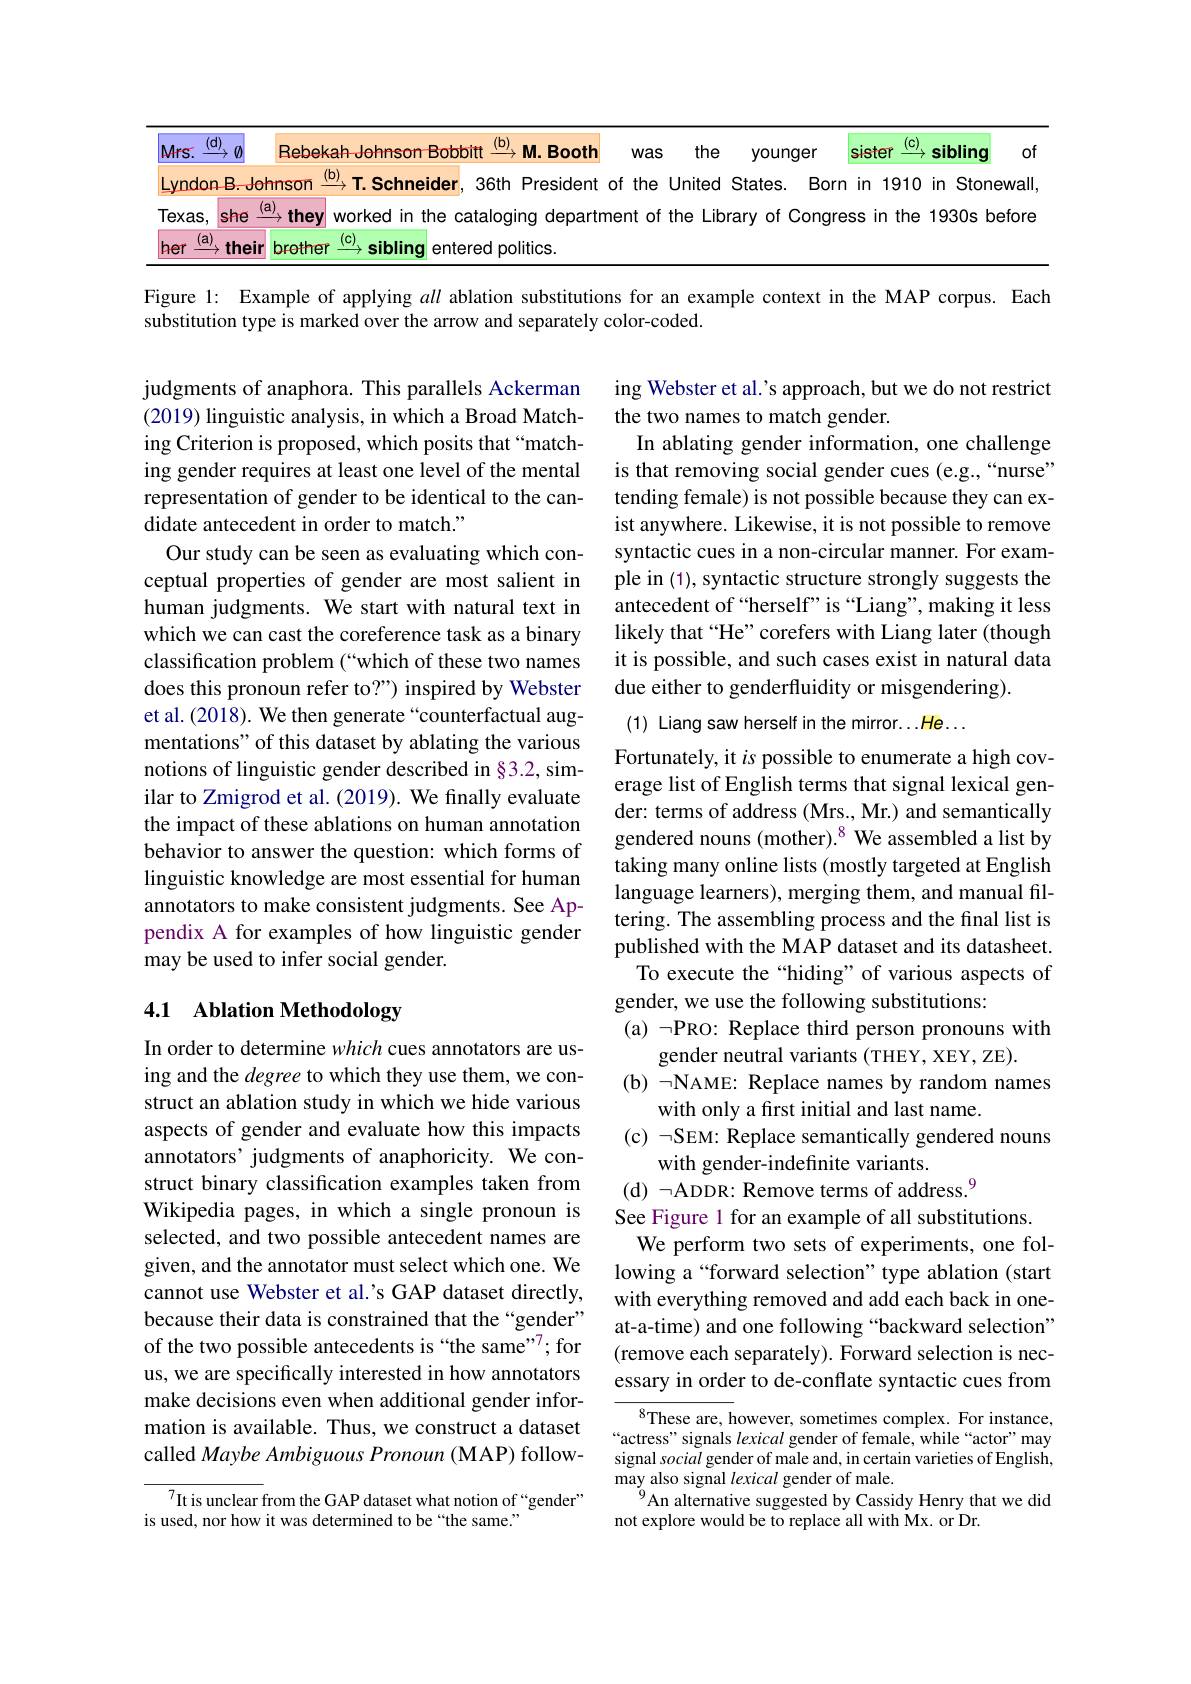
<table>
	<tbody>
		<tr>
			<td>$\underline{(\mathrm{d})}$ $Mrs.$</td>
			<td>=1 sibling</td>
			<td>of</td>
		</tr>
		<tr>
			<td>Lyndon B</td>
			<td>0 in Stonew</td>
			<td>ewall</td>
		</tr>
		<tr>
			<td>$Texas$, $sF$</td>
			<td>1930s befi $\textcircled{2}$</td>
			<td>efore</td>
		</tr>
		<tr>
			<td>$\underline{(a)}$ her tr 4</td>
			<td> </td>
			<td> </td>
		</tr>
	</tbody>
</table>

Figure 1: Example of applying all ablation substitutions for an example context in the MAP corpus. Each
substitution type is marked over the arrow and separately color-coded.

ing Webster et al.'s approach, but we do not restrict
the two names to match gender.
In ablating gender information, one challenge is that removing social gender cues (e.g.,“nurse” tending female) is not possible because they can exist anywhere. Likewise, it is not possible to remove syntactic cues in a non-circular manner. For example in (1), syntactic structure strongly suggests the antecedent of “herself” is“Liang”, making it less likely that “He”corefers with Liang later (though it is possible, and such cases exist in natural data due either to genderfluidity or misgendering).
(1) Liang saw herself in the mirror...He...

judgments of anaphora. This parallels Ackerman (2019) linguistic analysis, in which a Broad Matching Criterion is proposed, which posits that “matching gender requires at least one level of the mental representation of gender to be identical to the candidate antecedent in order to match."
Our study can be seen as evaluating which conceptual properties of gender are most salient in human judgments. We start with natural text in which we can cast the coreference task as a binary classification problem (“which of these two names does this pronoun refer to?") inspired by Webster et al. (2018). We then generate“counterfactual augmentations" of this dataset by ablating the various notions of linguistic gender described in §3.2, similar to Zmigrod et al. (2019). We finally evaluate the impact of these ablations on human annotation behavior to answer the question: which forms of linguistic knowledge are most essential for human annotators to make consistent judgments. See Appendix A for examples of how linguistic gender may be used to infer social gender.

Fortunately, it $i$s possible to enumerate a high coverage list of English terms that signal lexical gender: terms of address (Mrs., Mr.) and semantically gendered nouns (mother).$^{8}$ We assembled a list by taking many online lists (mostly targeted at English language learners), merging them, and manual filtering. The assembling process and the final list is published with the MAP dataset and its datasheet.
To execute the “hiding” of various aspects of
gender, we use the following substitutions:
(a) -PRO: Replace third person pronouns with
gender neutral variants (THEY, XEY, ZE).
(b) -NAME: Replace names by random names
with only a first initial and last name.
(c) ¬SEM: Replace semantically gendered nouns
with gender-indefinite variants.
(d) $\neg$ADDR: Remove terms of address.$^9$
See Figure 1 for an example of all substitutions.
We perform two sets of experiments, one following a“forward selection”type ablation (start with everything removed and add each back in oneat-a-time) and one following “backward selection" (remove each separately). Forward selection is necessary in order to de-conflate syntactic cues from
${^{8}\text{These are, h}}$owever, sometimes complex. For instance, “actress" signals lexical gender of female, while“actor” may signal social gender of male and, in certain varieties of English,

## 4.1 Ablation Methodology

In order to determine which cues annotators are using and the degree to which they use them, we construct an ablation study in which we hide various aspects of gender and evaluate how this impacts annotators’ judgments of anaphoricity. We construct binary classification examples taken from Wikipedia pages, in which a single pronoun is selected, and two possible antecedent names are given, and the annotator must select which one. We cannot use Webster et al.'s GAP dataset directly, because their data is constrained that the “gender” of the two possible antecedents is “the same””for us, we are specifically interested in how annotators make decisions even when additional gender information is available. Thus, we construct a dataset called Maybe Ambiguous Pronoun (MAP) follow-

may also signal lexical gender of male.
$^{\textcircled{9}}$An alternative suggested by Cassidy Henry that we did
not explore would be to replace all with Mx. or Dr.

$^{7}$It is unclear from the GAP dataset what notion of“gender”
is used, nor how it was determined to be “the same.”